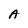
Character: A